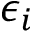
\epsilon _ { i }